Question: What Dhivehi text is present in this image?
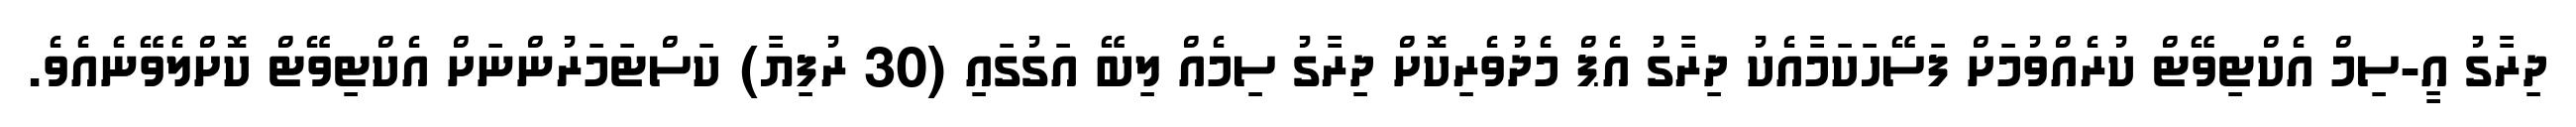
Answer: ދިރާގު އީ-ސިމް އެކްޓިވޭޓް ކުރެއްވުމަށް ފަސޭހަކަމާއެކު ދިރާގު އެޕް މެދުވެރިކޮށް ދިރާގު ސިމެއް ލިބޭ އަގުގައި (30 ރުފިޔާ) ކަސްޓަމަރުންނަށް އެކްޓިވޭޓް ކޮށްލެވޭނެއެވެ.